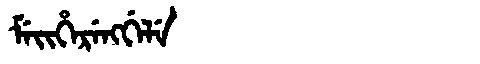
Manchu: ᠮᡝᡳᡥᡝᡵᡝᠩᡤᡝᠯᡝ
Romanization: MEIHERENGGELE